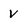
Character: V